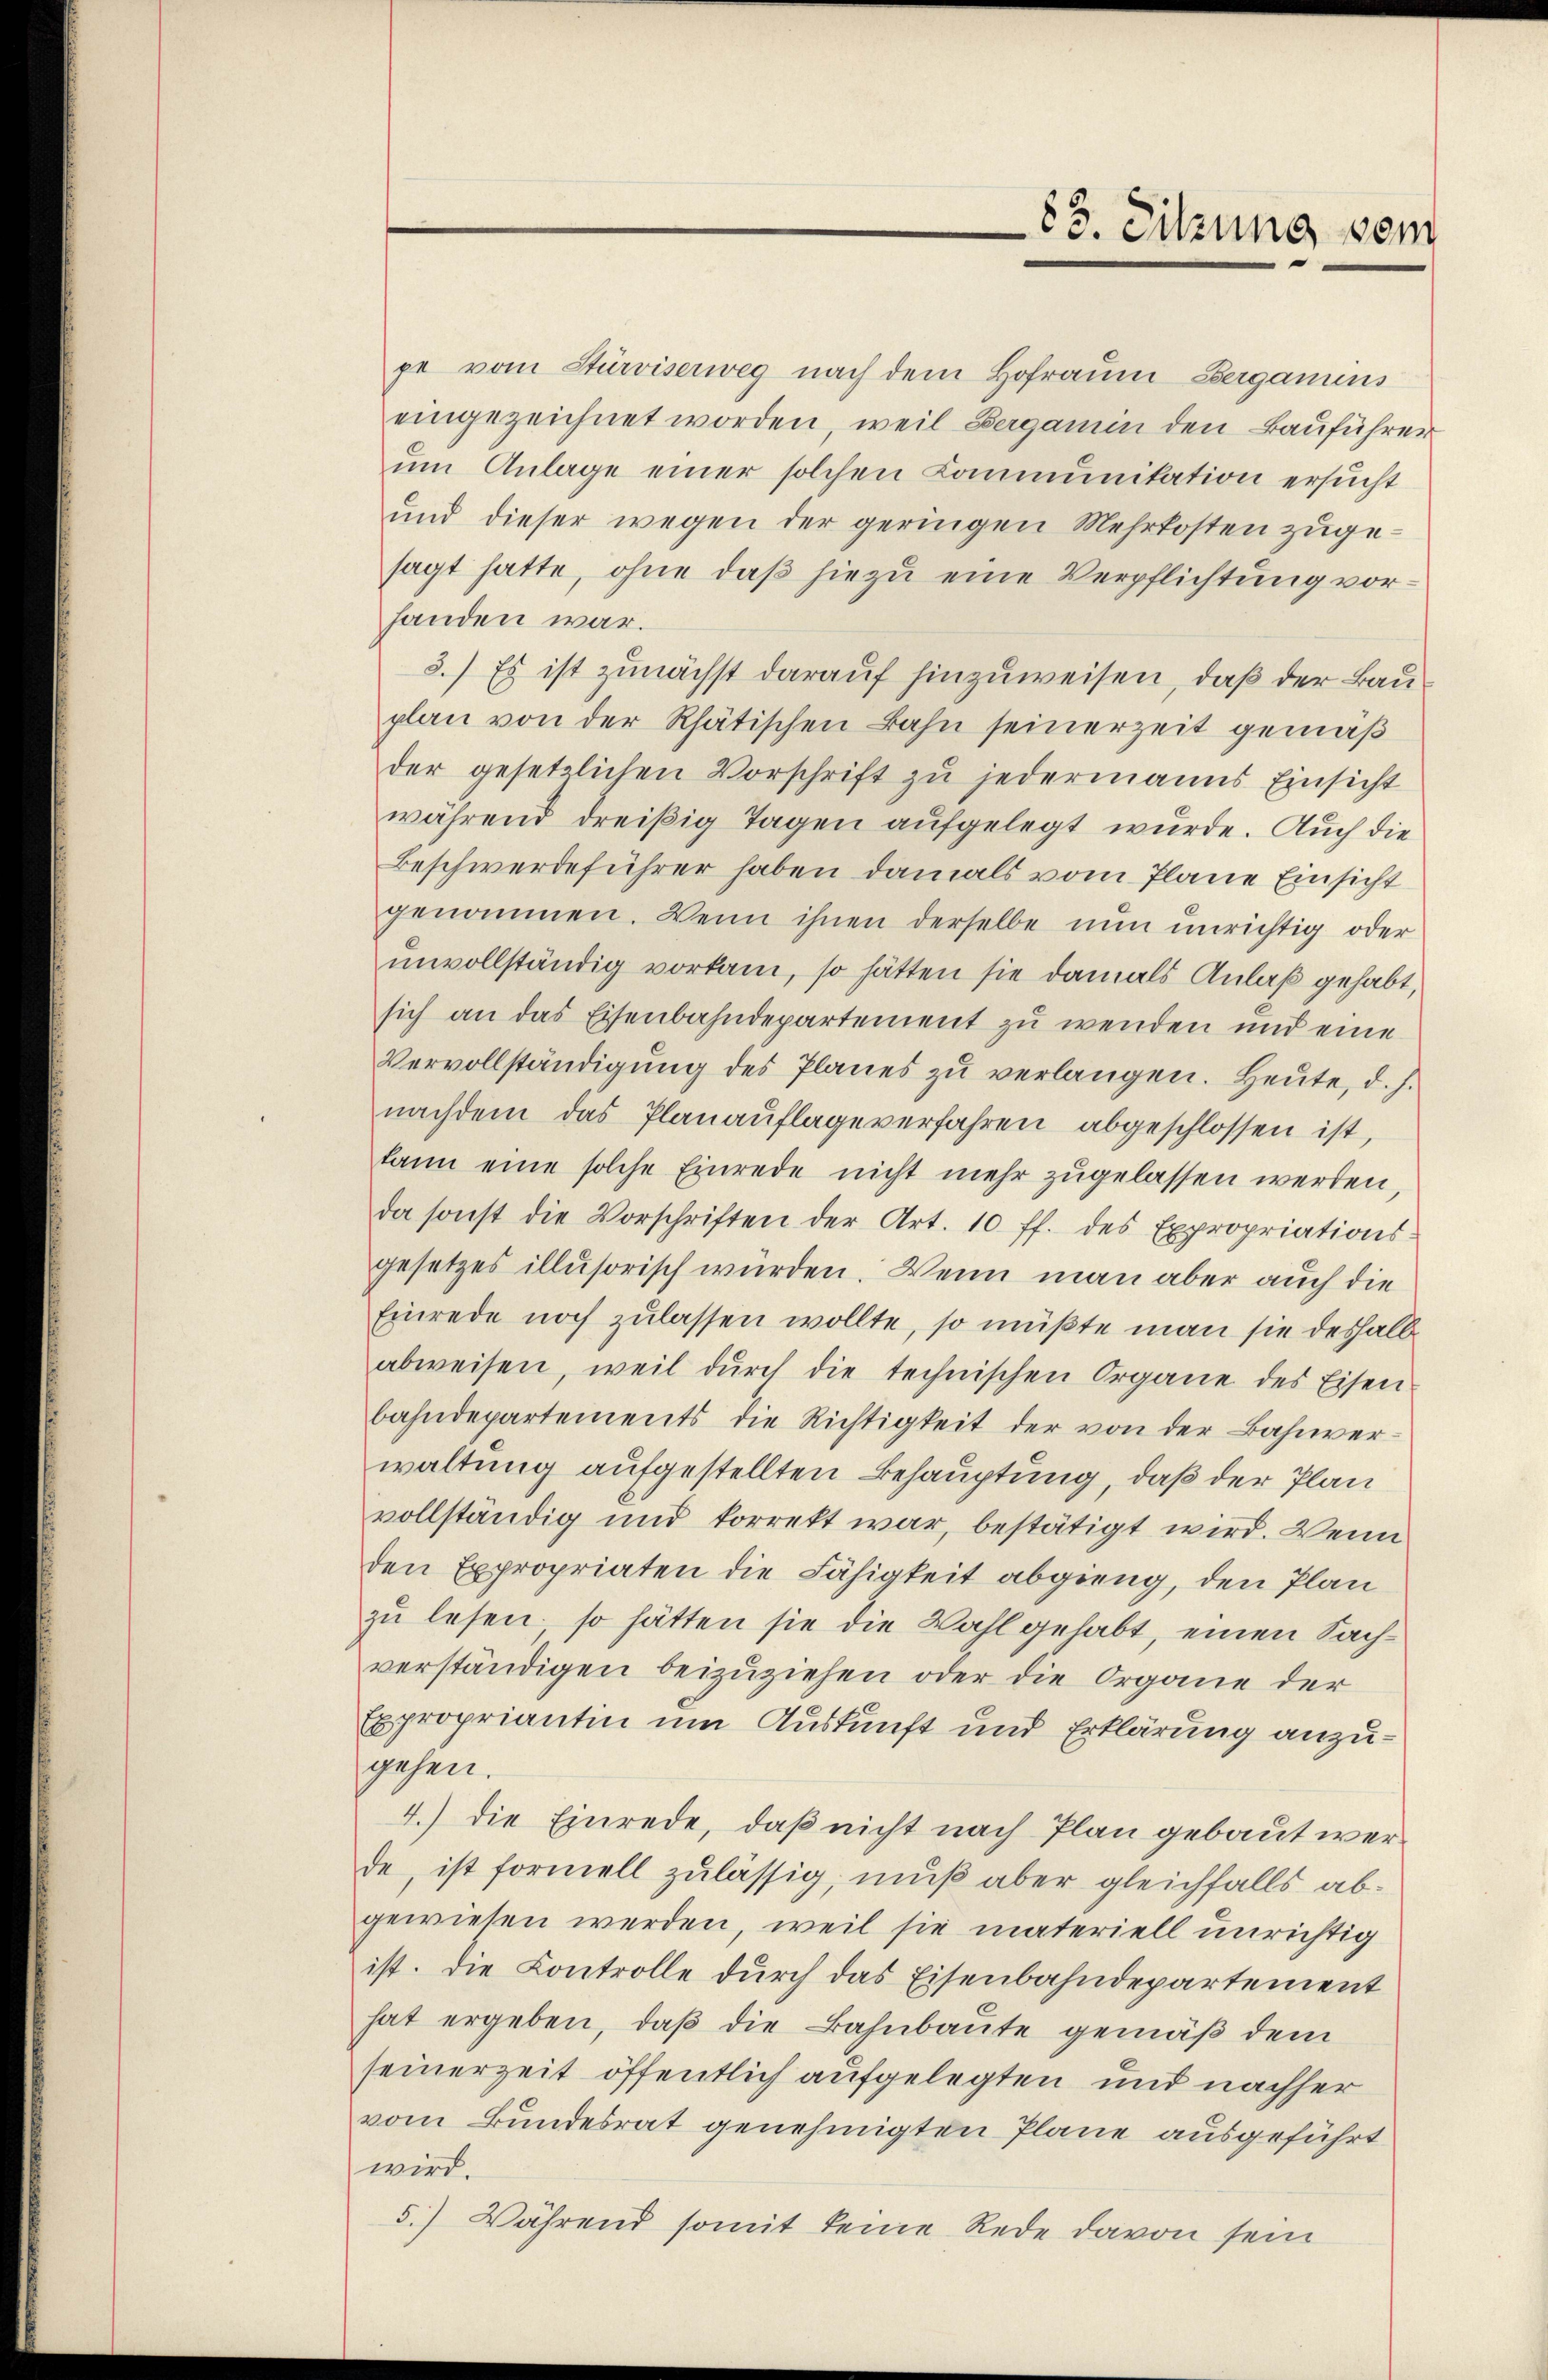
pe vom Stürviserweg nach dem Hofraum Bergamins
eingezeichnet worden, weil Bergamin den Bauführer
ŭm Anlage einer solchen Communikation ersucht
und dieser wegen der geringen Mehrkosten zugesagt hatte, ohne daß hiezu eine Verpflichtung vorhanden war.
3.) Es ist zunächst darauf hinzuweisen, daß der Bauplan von der Rhätischen Bahn seinerzeit gemäß
der gesetzlichen Vorschrift zŭ jedermanns Einsicht
während dreißig Tagen aufgelegt wurde. Auch die
Beschwerdeführer haben damals vom Plane Einsicht
genommen. Wenn ihnen derselbe nun unrichtig oder
unvollständig vorkam, so hätten sie damals Anlaß gehabt,
sich an das Eisenbahndepartement zu wenden und eine
Vervollständigung des Planes zu verlangen. Heute, d. J.
nachdem das Planaŭflage verfahren abgeschlossen ist,
kann eine solche Einrede nicht mehr zugelassen werden
da sonst die Vorschriften der Art. 10 ff. des Expropriations
gesetzes illusorisch wurden. Wenn man aber auch die
Einrede noch zulassen wollte, so müßte man sie deshalb
abweisen, weil dŭrch die technischen Organe des Eisen
bahndepartements die Richtigkeit der von der Bahnver-
waltung aufgestellten Behauptung, daß der Plan
vollständig und korrekt war, bestätigt wird. Wenn
den Expropriaten die Fähigkeit abgieng, den Plan
zu lesen, so hätten sie die Wahl gehabt, einen Sachverständigen beizuziehen oder die Organe der
Expropriantin um Auskunft und Erklärung anzugehen.
4.) Die Einrede, daß nicht nach Plan gebaut werde, ist formell zulässig, muß aber gleichfalls abgewiesen werden, weil sie materiell unrichtig
ist. Die Controlle durch das Eisenbahndepartement
hat ergeben, daß die Bahnbaute gemäß dem
seinerzeit öffentlich aufgelegten und nachher
vom Bundesrat genehmigten Plane ausgeführt
wird.
5.) Während somit keine Rede davon sein

83. Sitzung vom